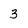
Character: 3